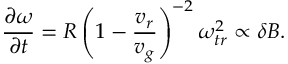
\frac { \partial \omega } { \partial t } = R \left( 1 - \frac { v _ { r } } { v _ { g } } \right) ^ { - 2 } \omega _ { t r } ^ { 2 } \propto \delta B .